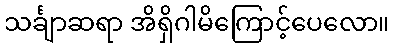
သင်္ချာဆရာ အိရှိဂါမိကြောင့်ပေလော။